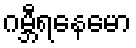
ဂမ္ဘီရနေမော